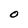
Character: O